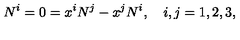
N ^ { i } = 0 = x ^ { i } N ^ { j } - x ^ { j } N ^ { i } , \quad i , j = 1 , 2 , 3 ,